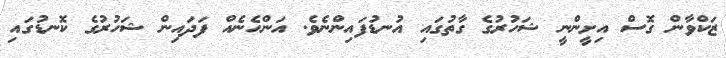
ޒަކްވާން ގޮސް އިށީންނީ ޝަހުރުގެ ގާތުގައި އުނޑުފައިންނެވެ. އަންހެނެއް ފަދައިން ޝަހުރުގެ ކޮނޑުގައި